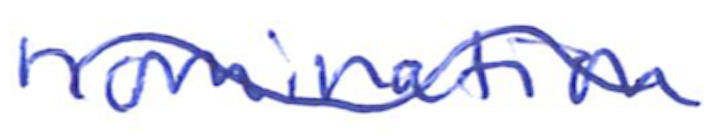
Text: nomination
Cross-out: wave
Writing tool: ballpoint